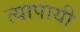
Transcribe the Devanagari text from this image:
त्यापायी